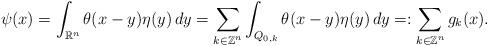
LaTeX: \begin{align*}\psi(x)=\int_{\mathbb R^n}\theta(x-y)\eta(y)\,dy=\sum_{k\in\mathbb Z^n}\int_{Q_{0,k}}\theta(x-y)\eta(y)\,dy=:\sum_{k\in\mathbb Z^n}g_k(x).\end{align*}